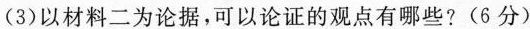
(3)以材料二为论据,可以论证的观点有哪些?(6分)